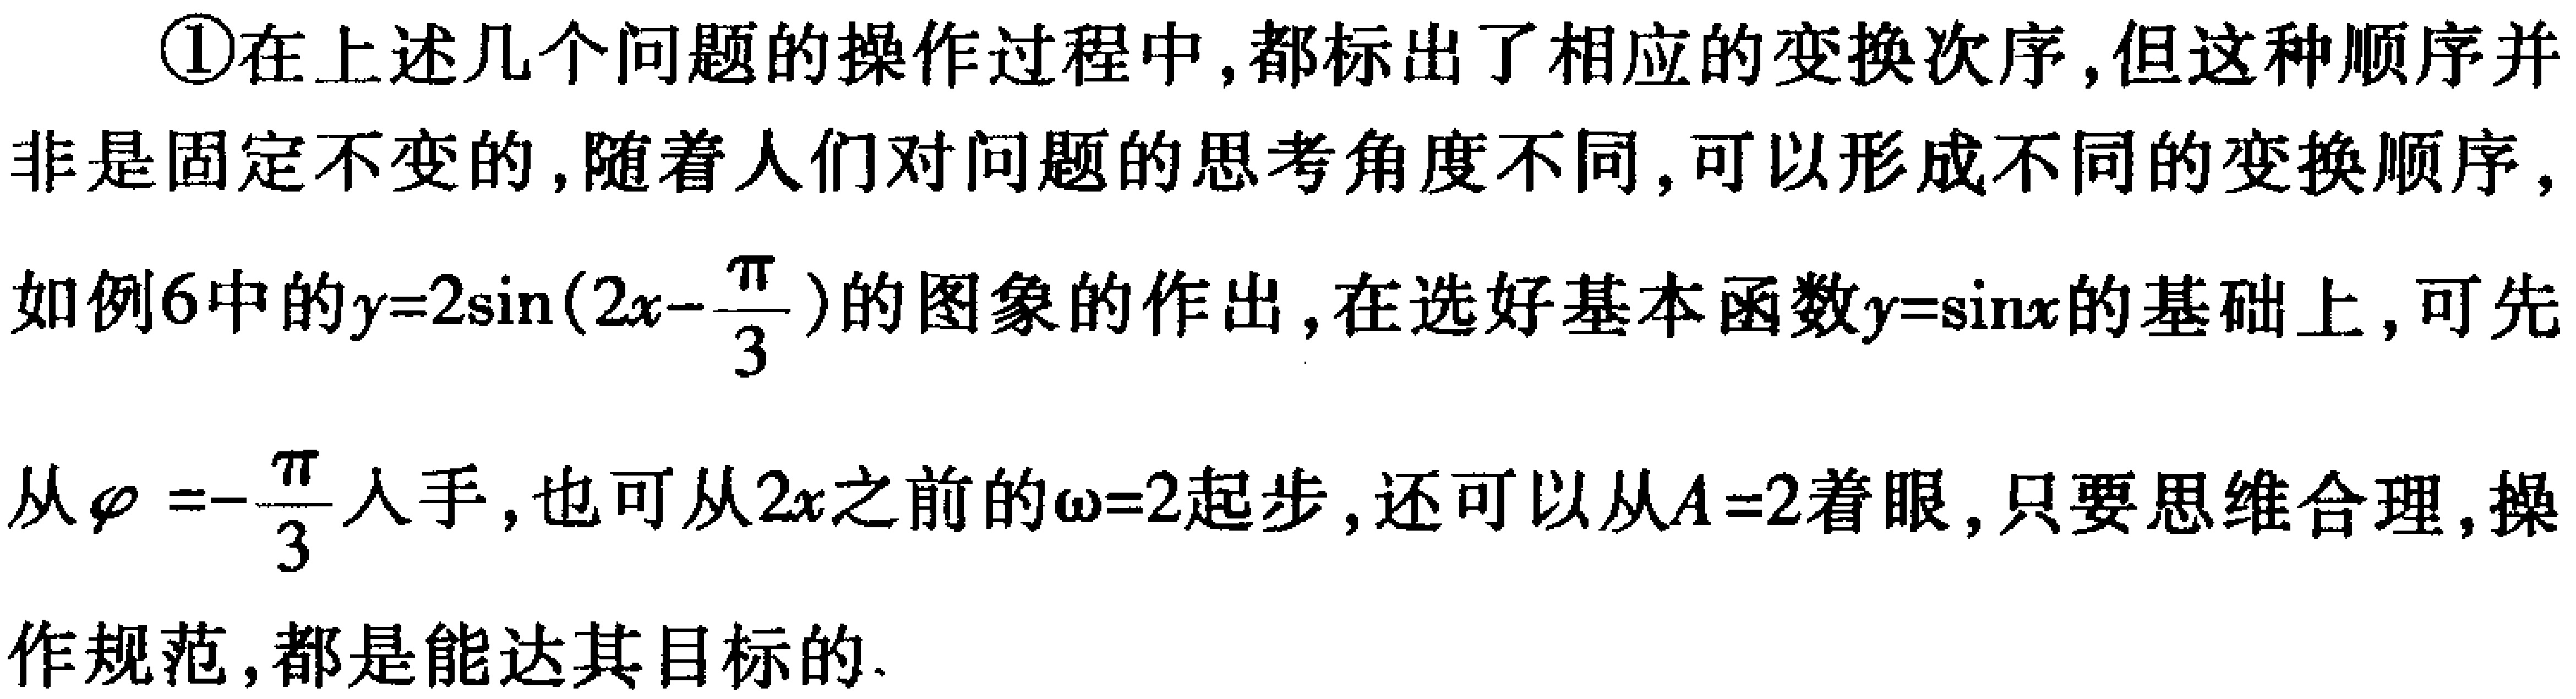
\textcircled{1}在上述几个问题的操作过程中,都标出了相应的变换次序,但这种顺序并非是固定不变的,随着人们对问题的思考角度不同,可以形成不同的变换顺序,如例6中的\(y = 2\sin(2x-\frac{\pi}{3})\)的图象的作出,在选好基本函数\(y = \sin x\)的基础上,可先从\(\varphi=-\frac{\pi}{3}\)入手,也可从\(2x\)之前的\(\omega = 2\)起步,还可以从\(A = 2\)着眼,只要思维合理,操作规范,都是能达其目标的.